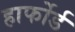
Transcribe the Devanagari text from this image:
हार्फोर्ड